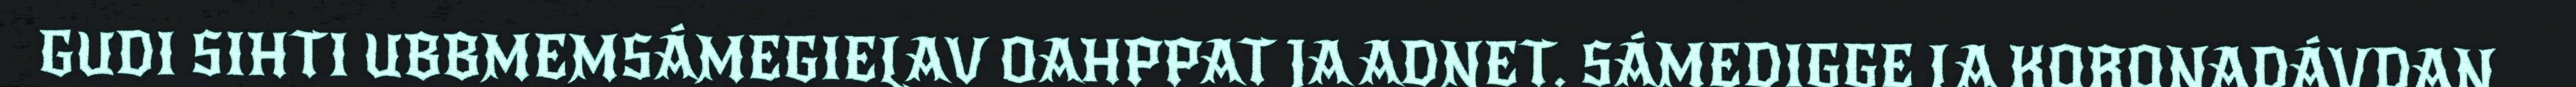
GUDI SIHTI UBBMEMSÁMEGIELAV OAHPPAT JA ADNET. SÁMEDIGGE LA KORONADÁVDAN